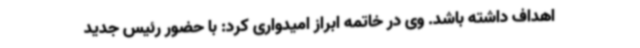
اهداف داشته باشد. وی در خاتمه ابراز امیدواری کرد: با حضور رئیس جدید